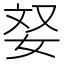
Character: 𫰥